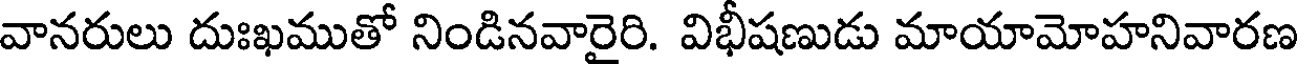
వానరులు దుఃఖముతో నిండినవారైరి. విభీషణుడు మాయామోహనివారణ